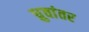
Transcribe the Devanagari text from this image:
ध्रुवांतर